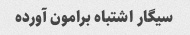
سیگار اشتباه برامون آورده